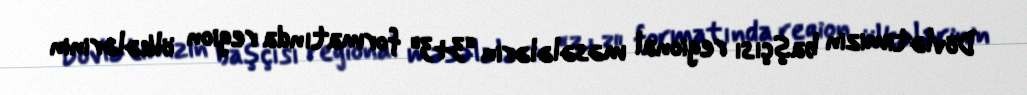
Dövlətimizin başçısı regional məsələlərin “3+3" formatında region ölkələrinin